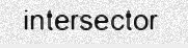
intersector